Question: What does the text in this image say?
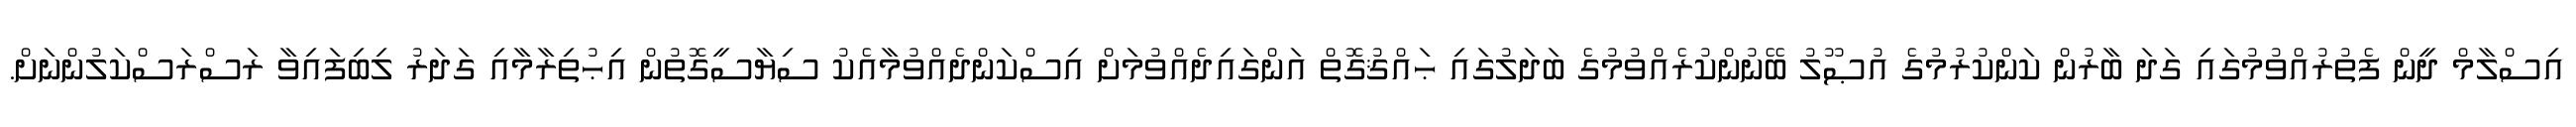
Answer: އިސްލާމް ދީން ފެތުރުއްވުމުގައި ގަދަ ބާރުން ކަންކުރުމުގެ އުޞޫލު ބޭނުންކުރެއްވުމުގެ ބަދަލުގައި ޙައްޤުގޮތް އަންގައިދެއްވުމަށް އިސްކަންދެއްވުމާއެކު ސިޔާސީގޮތުން އިޙުތިރާމާއި ގަދަރު ލިބިފައިވާ ރަސްރަސްކަލުންނަށް.